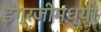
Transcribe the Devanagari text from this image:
इंग्रजीमध्यी